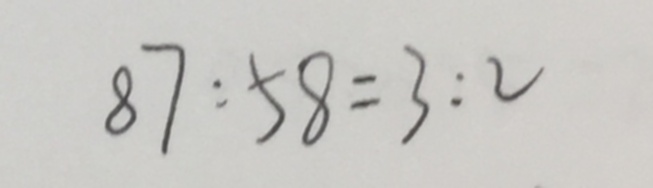
8 7 : 5 8 = 3 : 2